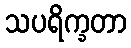
သပရိက္ခတာ